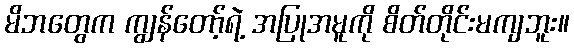
မိဘတွေက ကျွန်တော့်ရဲ့ အပြုအမူကို စိတ်တိုင်းမကျဘူး။